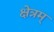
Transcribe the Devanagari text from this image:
क्षेत्रम्